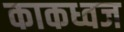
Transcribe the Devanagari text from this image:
काकध्वज